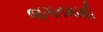
જગતમાથી